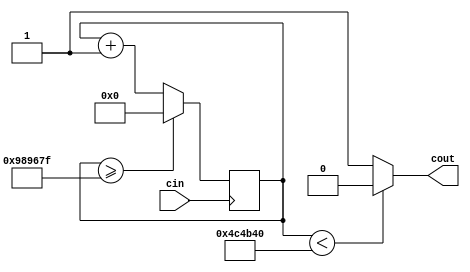
// (C) 2020, Adam Silverman/Tuan Dau
module ClockDivider5Hz(
	input cin,
	output cout
);
reg[25:0] counter = 26'd0;
parameter DIVISOR = 26'd10_000_000;

always @(posedge cin)
begin
	counter <= counter + 26'd1;
	if (counter >= (DIVISOR - 1))
		counter <= 26'd0;
end
assign cout = (counter < DIVISOR / 2) ? 1'b0 : 1'b1;
endmodule